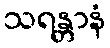
သရန္တာနံ